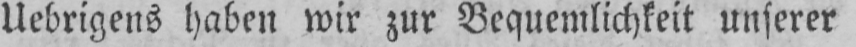
Uebrigens haben wir zur Bequemlichkeit unserer